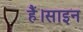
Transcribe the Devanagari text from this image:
हैं।साइन